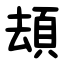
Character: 䪺